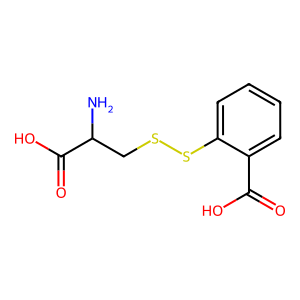
SMILES: NC(CSSc1ccccc1C(=O)O)C(=O)O
Inhibits HIV replication: No